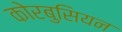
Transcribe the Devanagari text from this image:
कोरबुसियन